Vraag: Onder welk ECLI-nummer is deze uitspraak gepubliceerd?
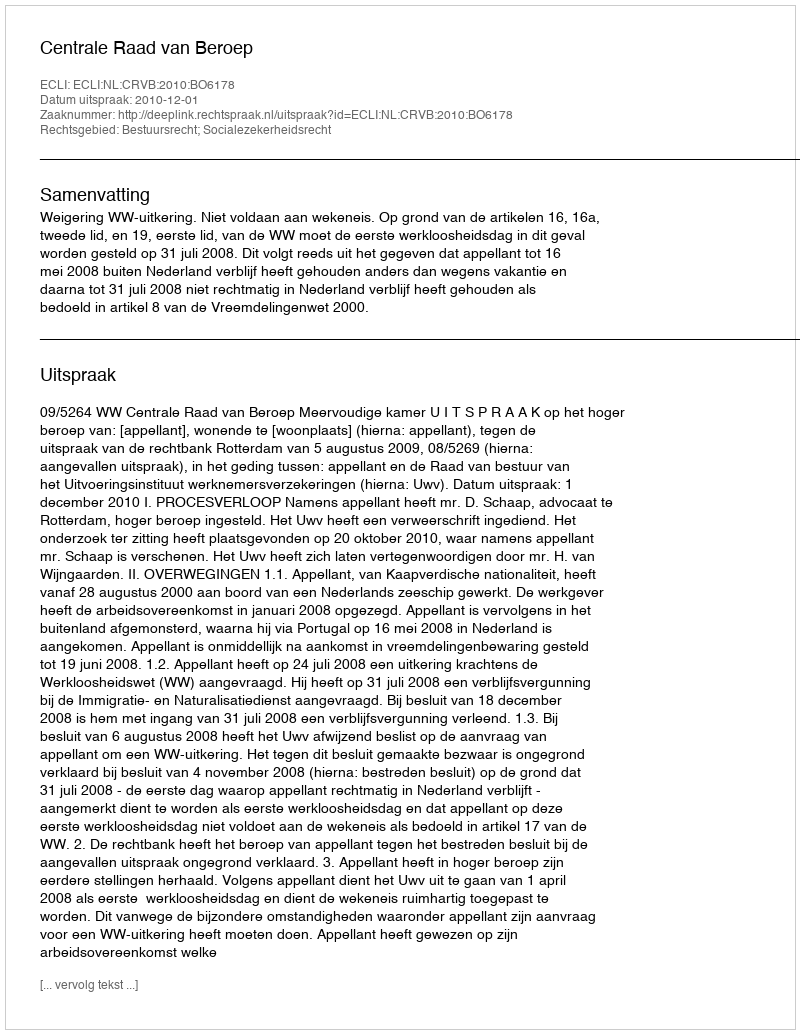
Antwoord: ECLI:NL:CRVB:2010:BO6178